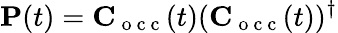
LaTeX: \mathbf P(t)=\mathbf C_{\mathrm{~o~c~c~}}(t)(\mathbf C_{\mathrm{~o~c~c~}}(t))^{\dagger}